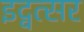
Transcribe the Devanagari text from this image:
इद्वत्सर